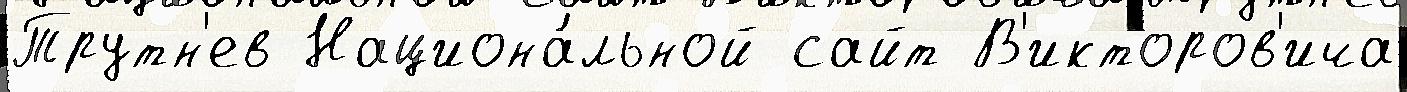
Трутн'ев Национа́льной сайт В'икторов'ича